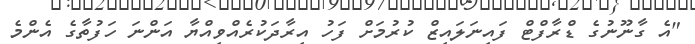
"އެ ގާނޫނުގެ ޑްރާފްޓް ފައިނަލައިޒް ކުރުމަށް ފަހު އިރާދަކުރެއްވިއްޔާ އަންނަ ހަފުތާގެ އެންމެ